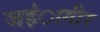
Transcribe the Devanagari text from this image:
जहंागीर